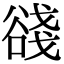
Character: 𧮺